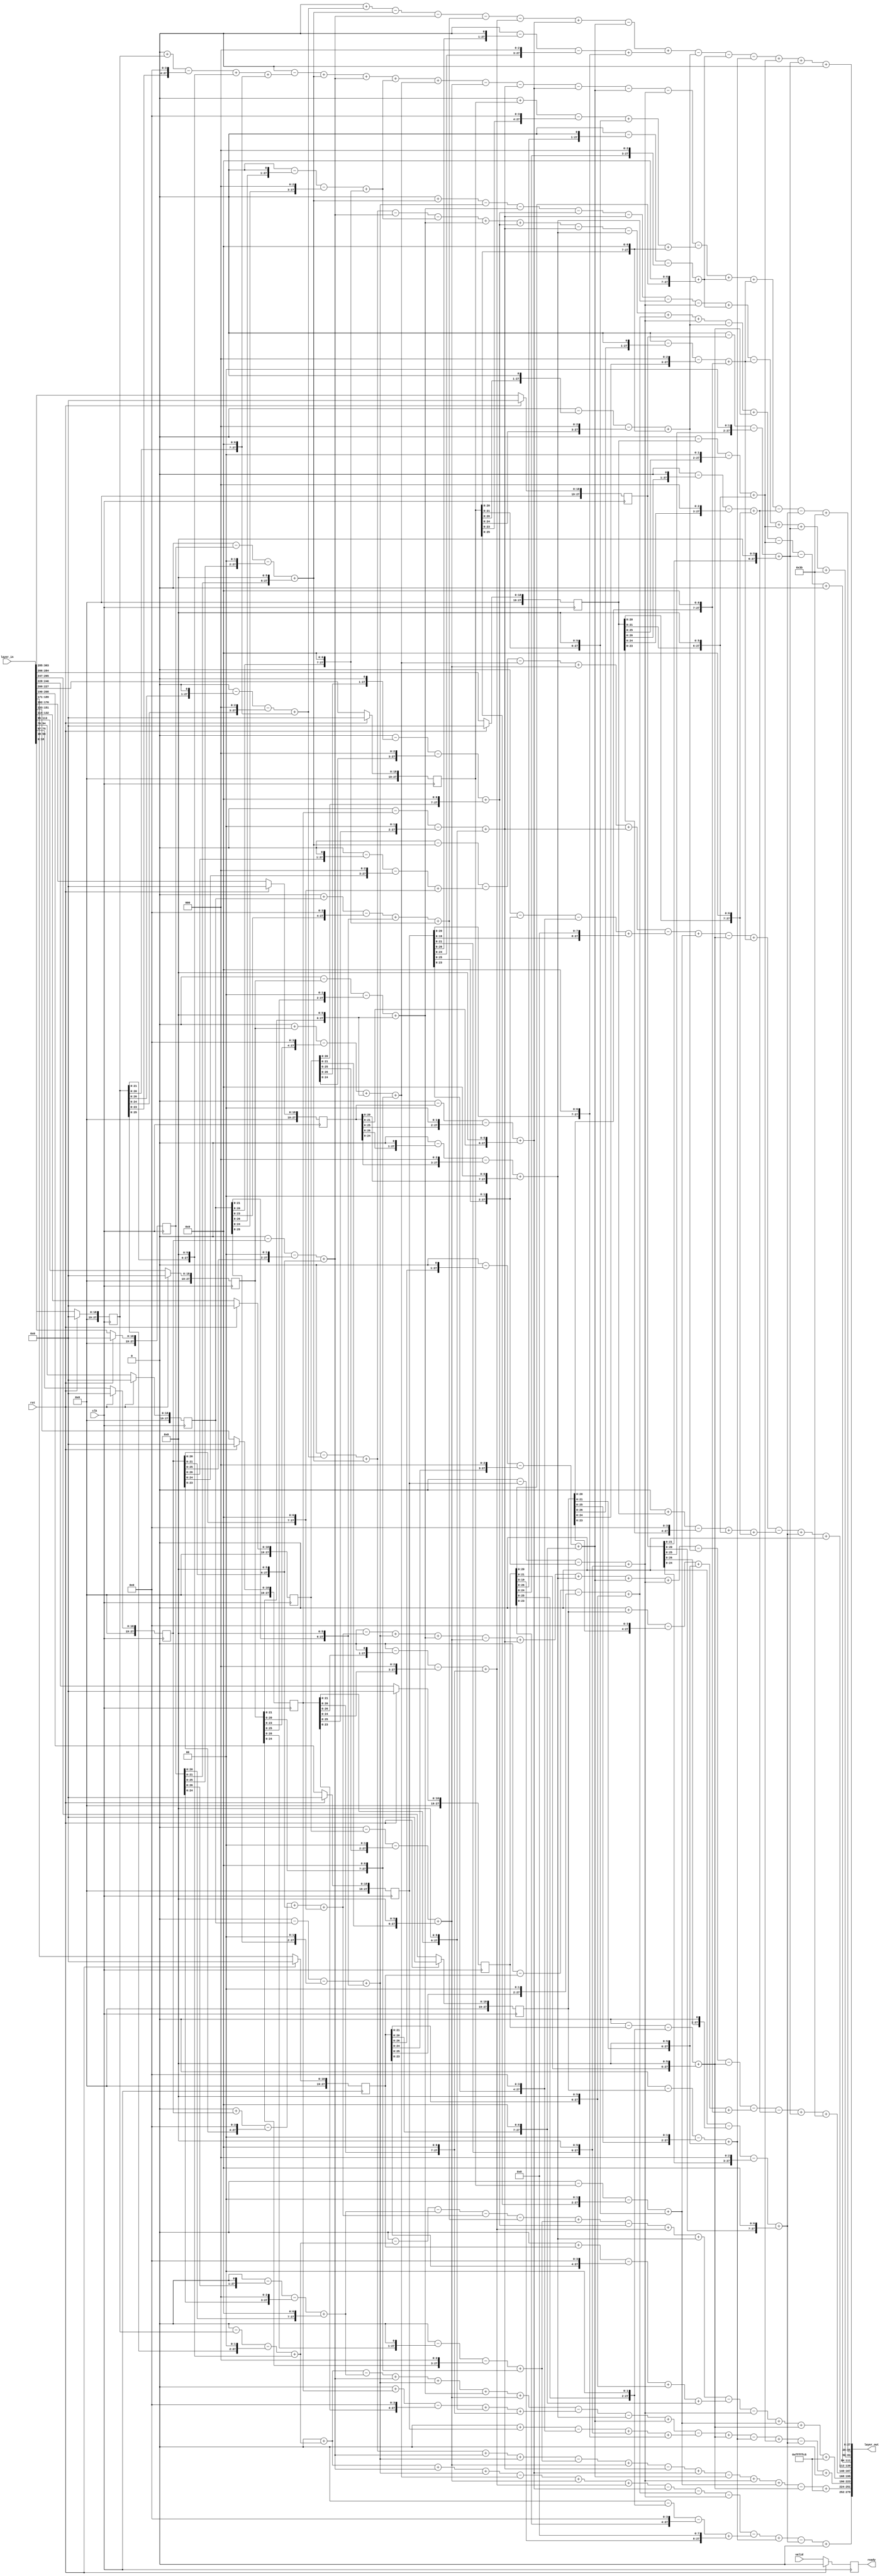
module layer2_tcb_121x16x10
(
    input clk,
    input rst,
   input valid,
   output  reg ready,
    input [19*16-1:0]  layer_in,
    output [28*10-1:0]   layer_out
);
parameter DATA_WIDTH   =   28;
reg [DATA_WIDTH-1:0]    layer_in_buffer    [0:16-1];
integer i;
always@(posedge clk )
    begin
        if(rst)
            begin
                for(i=0;i<16;i=i+1)
                    begin
                        layer_in_buffer[i]<=0;
                    end
            end
        else
        begin
       layer_in_buffer[0]<=layer_in[18:0];
       layer_in_buffer[1]<=layer_in[37:19];
       layer_in_buffer[2]<=layer_in[56:38];
       layer_in_buffer[3]<=layer_in[75:57];
       layer_in_buffer[4]<=layer_in[94:76];
       layer_in_buffer[5]<=layer_in[113:95];
       layer_in_buffer[6]<=layer_in[132:114];
       layer_in_buffer[7]<=layer_in[151:133];
       layer_in_buffer[8]<=layer_in[170:152];
       layer_in_buffer[9]<=layer_in[189:171];
       layer_in_buffer[10]<=layer_in[208:190];
       layer_in_buffer[11]<=layer_in[227:209];
       layer_in_buffer[12]<=layer_in[246:228];
       layer_in_buffer[13]<=layer_in[265:247];
       layer_in_buffer[14]<=layer_in[284:266];
       layer_in_buffer[15]<=layer_in[303:285];
        end
   end

wire [DATA_WIDTH-1:0]   in_buffer_weight0;
assign in_buffer_weight0=0+(0-(layer_in_buffer[0]<<1)-(layer_in_buffer[0]<<3)+(layer_in_buffer[0]<<7))-(0-(layer_in_buffer[2]<<0)-(layer_in_buffer[2]<<2)+(layer_in_buffer[2]<<6))-(0-(layer_in_buffer[3]<<0)-(layer_in_buffer[3]<<2)+(layer_in_buffer[3]<<6))-(0+(layer_in_buffer[4]<<0)-(layer_in_buffer[4]<<4)+(layer_in_buffer[4]<<6)+(layer_in_buffer[4]<<7))-(0-(layer_in_buffer[7]<<1)-(layer_in_buffer[7]<<3)+(layer_in_buffer[7]<<7))+(0-(layer_in_buffer[8]<<0)-(layer_in_buffer[8]<<2)+(layer_in_buffer[8]<<6))-(0-(layer_in_buffer[9]<<1)-(layer_in_buffer[9]<<3)+(layer_in_buffer[9]<<7))+(0-(layer_in_buffer[10]<<1)-(layer_in_buffer[10]<<3)+(layer_in_buffer[10]<<7))-(0-(layer_in_buffer[11]<<1)-(layer_in_buffer[11]<<3)+(layer_in_buffer[11]<<7))-(0-(layer_in_buffer[12]<<1)-(layer_in_buffer[12]<<3)+(layer_in_buffer[12]<<7))-(0-(layer_in_buffer[13]<<0)-(layer_in_buffer[13]<<2)+(layer_in_buffer[13]<<6))+(0-(layer_in_buffer[14]<<0)-(layer_in_buffer[14]<<2)+(layer_in_buffer[14]<<6))+(0-(layer_in_buffer[15]<<0)-(layer_in_buffer[15]<<2)+(layer_in_buffer[15]<<6));
wire [DATA_WIDTH-1:0]   in_buffer_weight1;
assign in_buffer_weight1=0-(0+(layer_in_buffer[0]<<0)-(layer_in_buffer[0]<<4)+(layer_in_buffer[0]<<6)+(layer_in_buffer[0]<<7))+(0-(layer_in_buffer[2]<<0)-(layer_in_buffer[2]<<2)+(layer_in_buffer[2]<<6))+(0-(layer_in_buffer[3]<<0)-(layer_in_buffer[3]<<2)+(layer_in_buffer[3]<<6))+(0-(layer_in_buffer[4]<<1)-(layer_in_buffer[4]<<3)+(layer_in_buffer[4]<<7))+(0+(layer_in_buffer[5]<<0)-(layer_in_buffer[5]<<4)+(layer_in_buffer[5]<<6)+(layer_in_buffer[5]<<7))-(0-(layer_in_buffer[6]<<0)-(layer_in_buffer[6]<<2)+(layer_in_buffer[6]<<6))-(0-(layer_in_buffer[7]<<0)-(layer_in_buffer[7]<<2)+(layer_in_buffer[7]<<6))-(0-(layer_in_buffer[8]<<0)-(layer_in_buffer[8]<<2)+(layer_in_buffer[8]<<6))-(0-(layer_in_buffer[9]<<1)-(layer_in_buffer[9]<<3)+(layer_in_buffer[9]<<7))-(0-(layer_in_buffer[10]<<0)-(layer_in_buffer[10]<<2)+(layer_in_buffer[10]<<6))-(0+(layer_in_buffer[11]<<0)-(layer_in_buffer[11]<<4)+(layer_in_buffer[11]<<6)+(layer_in_buffer[11]<<7))+(0-(layer_in_buffer[12]<<1)-(layer_in_buffer[12]<<3)+(layer_in_buffer[12]<<7))+(0-(layer_in_buffer[13]<<1)-(layer_in_buffer[13]<<3)+(layer_in_buffer[13]<<7))-(0-(layer_in_buffer[14]<<1)-(layer_in_buffer[14]<<3)+(layer_in_buffer[14]<<7))-(0-(layer_in_buffer[15]<<1)-(layer_in_buffer[15]<<3)+(layer_in_buffer[15]<<7));
wire [DATA_WIDTH-1:0]   in_buffer_weight2;
assign in_buffer_weight2=0+(0-(layer_in_buffer[2]<<0)-(layer_in_buffer[2]<<2)+(layer_in_buffer[2]<<6))-(0-(layer_in_buffer[4]<<0)-(layer_in_buffer[4]<<2)+(layer_in_buffer[4]<<6))-(0-(layer_in_buffer[5]<<0)-(layer_in_buffer[5]<<2)+(layer_in_buffer[5]<<6))-(0-(layer_in_buffer[6]<<1)-(layer_in_buffer[6]<<3)+(layer_in_buffer[6]<<7))-(0-(layer_in_buffer[7]<<0)-(layer_in_buffer[7]<<2)+(layer_in_buffer[7]<<6))-(0-(layer_in_buffer[8]<<1)-(layer_in_buffer[8]<<3)+(layer_in_buffer[8]<<7))-(0-(layer_in_buffer[10]<<0)-(layer_in_buffer[10]<<2)+(layer_in_buffer[10]<<6))+(0-(layer_in_buffer[12]<<1)-(layer_in_buffer[12]<<3)+(layer_in_buffer[12]<<7))-(0-(layer_in_buffer[13]<<1)-(layer_in_buffer[13]<<3)+(layer_in_buffer[13]<<7))+(0-(layer_in_buffer[14]<<0)-(layer_in_buffer[14]<<2)+(layer_in_buffer[14]<<6))+(0-(layer_in_buffer[15]<<0)-(layer_in_buffer[15]<<2)+(layer_in_buffer[15]<<6));
wire [DATA_WIDTH-1:0]   in_buffer_weight3;
assign in_buffer_weight3=0-(0-(layer_in_buffer[0]<<1)-(layer_in_buffer[0]<<3)+(layer_in_buffer[0]<<7))+(0-(layer_in_buffer[2]<<0)-(layer_in_buffer[2]<<2)+(layer_in_buffer[2]<<6))-(0-(layer_in_buffer[3]<<0)-(layer_in_buffer[3]<<2)+(layer_in_buffer[3]<<6))-(0-(layer_in_buffer[4]<<1)-(layer_in_buffer[4]<<3)+(layer_in_buffer[4]<<7))+(0-(layer_in_buffer[5]<<0)-(layer_in_buffer[5]<<2)+(layer_in_buffer[5]<<6))+(0-(layer_in_buffer[6]<<1)-(layer_in_buffer[6]<<3)+(layer_in_buffer[6]<<7))-(0-(layer_in_buffer[7]<<0)-(layer_in_buffer[7]<<2)+(layer_in_buffer[7]<<6))-(0-(layer_in_buffer[8]<<1)-(layer_in_buffer[8]<<3)+(layer_in_buffer[8]<<7))+(0-(layer_in_buffer[9]<<0)-(layer_in_buffer[9]<<2)+(layer_in_buffer[9]<<6))+(0-(layer_in_buffer[10]<<0)-(layer_in_buffer[10]<<2)+(layer_in_buffer[10]<<6))-(0-(layer_in_buffer[11]<<1)-(layer_in_buffer[11]<<3)+(layer_in_buffer[11]<<7))+(0-(layer_in_buffer[12]<<0)-(layer_in_buffer[12]<<2)+(layer_in_buffer[12]<<6))-(0-(layer_in_buffer[14]<<0)-(layer_in_buffer[14]<<2)+(layer_in_buffer[14]<<6))-(0-(layer_in_buffer[15]<<0)-(layer_in_buffer[15]<<2)+(layer_in_buffer[15]<<6));
wire [DATA_WIDTH-1:0]   in_buffer_weight4;
assign in_buffer_weight4=0-(0-(layer_in_buffer[2]<<0)-(layer_in_buffer[2]<<2)+(layer_in_buffer[2]<<6))-(0-(layer_in_buffer[3]<<1)-(layer_in_buffer[3]<<3)+(layer_in_buffer[3]<<7))-(0+(layer_in_buffer[5]<<0)-(layer_in_buffer[5]<<4)+(layer_in_buffer[5]<<6)+(layer_in_buffer[5]<<7))+(0-(layer_in_buffer[6]<<0)-(layer_in_buffer[6]<<2)+(layer_in_buffer[6]<<6))+(0-(layer_in_buffer[7]<<0)-(layer_in_buffer[7]<<2)+(layer_in_buffer[7]<<6))-(0-(layer_in_buffer[10]<<2)-(layer_in_buffer[10]<<4)+(layer_in_buffer[10]<<8))+(0-(layer_in_buffer[11]<<0)-(layer_in_buffer[11]<<2)+(layer_in_buffer[11]<<6))-(0-(layer_in_buffer[12]<<0)-(layer_in_buffer[12]<<2)+(layer_in_buffer[12]<<6))+(0-(layer_in_buffer[13]<<1)-(layer_in_buffer[13]<<3)+(layer_in_buffer[13]<<7))-(0+(layer_in_buffer[14]<<0)-(layer_in_buffer[14]<<4)+(layer_in_buffer[14]<<6)+(layer_in_buffer[14]<<7))+(0-(layer_in_buffer[15]<<1)-(layer_in_buffer[15]<<3)+(layer_in_buffer[15]<<7));
wire [DATA_WIDTH-1:0]   in_buffer_weight5;
assign in_buffer_weight5=0-(0+(layer_in_buffer[3]<<0)-(layer_in_buffer[3]<<4)+(layer_in_buffer[3]<<6)+(layer_in_buffer[3]<<7))+(0-(layer_in_buffer[4]<<0)-(layer_in_buffer[4]<<2)+(layer_in_buffer[4]<<6))+(0-(layer_in_buffer[5]<<0)-(layer_in_buffer[5]<<2)+(layer_in_buffer[5]<<6))-(0-(layer_in_buffer[6]<<0)-(layer_in_buffer[6]<<2)+(layer_in_buffer[6]<<6))+(0-(layer_in_buffer[7]<<0)-(layer_in_buffer[7]<<2)+(layer_in_buffer[7]<<6))+(0-(layer_in_buffer[8]<<1)-(layer_in_buffer[8]<<3)+(layer_in_buffer[8]<<7))+(0-(layer_in_buffer[9]<<1)-(layer_in_buffer[9]<<3)+(layer_in_buffer[9]<<7))+(0-(layer_in_buffer[10]<<0)-(layer_in_buffer[10]<<2)+(layer_in_buffer[10]<<6))-(0-(layer_in_buffer[11]<<1)-(layer_in_buffer[11]<<3)+(layer_in_buffer[11]<<7))-(0-(layer_in_buffer[12]<<0)-(layer_in_buffer[12]<<2)+(layer_in_buffer[12]<<6))-(0+(layer_in_buffer[13]<<0)-(layer_in_buffer[13]<<4)+(layer_in_buffer[13]<<6)+(layer_in_buffer[13]<<7))-(0-(layer_in_buffer[14]<<1)-(layer_in_buffer[14]<<3)+(layer_in_buffer[14]<<7))+(0-(layer_in_buffer[15]<<0)-(layer_in_buffer[15]<<2)+(layer_in_buffer[15]<<6));
wire [DATA_WIDTH-1:0]   in_buffer_weight6;
assign in_buffer_weight6=0-(0-(layer_in_buffer[0]<<0)-(layer_in_buffer[0]<<2)+(layer_in_buffer[0]<<6))-(0-(layer_in_buffer[2]<<1)-(layer_in_buffer[2]<<3)+(layer_in_buffer[2]<<7))-(0+(layer_in_buffer[3]<<0)-(layer_in_buffer[3]<<4)+(layer_in_buffer[3]<<6)+(layer_in_buffer[3]<<7))-(0+(layer_in_buffer[4]<<0)-(layer_in_buffer[4]<<4)+(layer_in_buffer[4]<<6)+(layer_in_buffer[4]<<7))+(0-(layer_in_buffer[5]<<1)-(layer_in_buffer[5]<<3)+(layer_in_buffer[5]<<7))-(0-(layer_in_buffer[6]<<1)-(layer_in_buffer[6]<<3)+(layer_in_buffer[6]<<7))+(0-(layer_in_buffer[7]<<1)-(layer_in_buffer[7]<<3)+(layer_in_buffer[7]<<7))+(0-(layer_in_buffer[8]<<1)-(layer_in_buffer[8]<<3)+(layer_in_buffer[8]<<7))-(0+(layer_in_buffer[9]<<0)-(layer_in_buffer[9]<<4)+(layer_in_buffer[9]<<6)+(layer_in_buffer[9]<<7))-(0-(layer_in_buffer[10]<<0)-(layer_in_buffer[10]<<2)+(layer_in_buffer[10]<<6))+(0-(layer_in_buffer[11]<<0)-(layer_in_buffer[11]<<2)+(layer_in_buffer[11]<<6))+(0-(layer_in_buffer[12]<<0)-(layer_in_buffer[12]<<2)+(layer_in_buffer[12]<<6));
wire [DATA_WIDTH-1:0]   in_buffer_weight7;
assign in_buffer_weight7=0+(0-(layer_in_buffer[0]<<0)-(layer_in_buffer[0]<<2)+(layer_in_buffer[0]<<6))-(0-(layer_in_buffer[2]<<1)-(layer_in_buffer[2]<<3)+(layer_in_buffer[2]<<7))+(0-(layer_in_buffer[3]<<0)-(layer_in_buffer[3]<<2)+(layer_in_buffer[3]<<6))+(0-(layer_in_buffer[4]<<0)-(layer_in_buffer[4]<<2)+(layer_in_buffer[4]<<6))+(0-(layer_in_buffer[5]<<0)-(layer_in_buffer[5]<<2)+(layer_in_buffer[5]<<6))+(0-(layer_in_buffer[6]<<0)-(layer_in_buffer[6]<<2)+(layer_in_buffer[6]<<6))-(0+(layer_in_buffer[7]<<0)-(layer_in_buffer[7]<<4)+(layer_in_buffer[7]<<6)+(layer_in_buffer[7]<<7))-(0-(layer_in_buffer[8]<<1)-(layer_in_buffer[8]<<3)+(layer_in_buffer[8]<<7))+(0-(layer_in_buffer[9]<<1)-(layer_in_buffer[9]<<3)+(layer_in_buffer[9]<<7))-(0+(layer_in_buffer[10]<<0)-(layer_in_buffer[10]<<4)+(layer_in_buffer[10]<<6)+(layer_in_buffer[10]<<7))+(0-(layer_in_buffer[12]<<0)-(layer_in_buffer[12]<<2)+(layer_in_buffer[12]<<6))-(0-(layer_in_buffer[13]<<0)-(layer_in_buffer[13]<<2)+(layer_in_buffer[13]<<6))+(0-(layer_in_buffer[14]<<0)-(layer_in_buffer[14]<<2)+(layer_in_buffer[14]<<6))-(0-(layer_in_buffer[15]<<1)-(layer_in_buffer[15]<<3)+(layer_in_buffer[15]<<7));
wire [DATA_WIDTH-1:0]   in_buffer_weight8;
assign in_buffer_weight8=0-(0-(layer_in_buffer[0]<<1)-(layer_in_buffer[0]<<3)+(layer_in_buffer[0]<<7))+(0-(layer_in_buffer[2]<<0)-(layer_in_buffer[2]<<2)+(layer_in_buffer[2]<<6))+(0-(layer_in_buffer[3]<<0)-(layer_in_buffer[3]<<2)+(layer_in_buffer[3]<<6))+(0-(layer_in_buffer[4]<<0)-(layer_in_buffer[4]<<2)+(layer_in_buffer[4]<<6))-(0-(layer_in_buffer[5]<<1)-(layer_in_buffer[5]<<3)+(layer_in_buffer[5]<<7))+(0-(layer_in_buffer[6]<<0)-(layer_in_buffer[6]<<2)+(layer_in_buffer[6]<<6))-(0-(layer_in_buffer[7]<<0)-(layer_in_buffer[7]<<2)+(layer_in_buffer[7]<<6))+(0-(layer_in_buffer[8]<<0)-(layer_in_buffer[8]<<2)+(layer_in_buffer[8]<<6))-(0-(layer_in_buffer[9]<<1)-(layer_in_buffer[9]<<3)+(layer_in_buffer[9]<<7))+(0-(layer_in_buffer[10]<<0)-(layer_in_buffer[10]<<2)+(layer_in_buffer[10]<<6))+(0-(layer_in_buffer[11]<<0)-(layer_in_buffer[11]<<2)+(layer_in_buffer[11]<<6))-(0-(layer_in_buffer[12]<<0)-(layer_in_buffer[12]<<2)+(layer_in_buffer[12]<<6));
wire [DATA_WIDTH-1:0]   in_buffer_weight9;
assign in_buffer_weight9=0+(0-(layer_in_buffer[0]<<0)-(layer_in_buffer[0]<<2)+(layer_in_buffer[0]<<6))+(0-(layer_in_buffer[3]<<0)-(layer_in_buffer[3]<<2)+(layer_in_buffer[3]<<6))+(0-(layer_in_buffer[4]<<0)-(layer_in_buffer[4]<<2)+(layer_in_buffer[4]<<6))-(0+(layer_in_buffer[5]<<0)-(layer_in_buffer[5]<<4)+(layer_in_buffer[5]<<6)+(layer_in_buffer[5]<<7))+(0-(layer_in_buffer[6]<<0)-(layer_in_buffer[6]<<2)+(layer_in_buffer[6]<<6))+(0-(layer_in_buffer[7]<<1)-(layer_in_buffer[7]<<3)+(layer_in_buffer[7]<<7))-(0-(layer_in_buffer[8]<<0)-(layer_in_buffer[8]<<2)+(layer_in_buffer[8]<<6))-(0-(layer_in_buffer[9]<<0)-(layer_in_buffer[9]<<2)+(layer_in_buffer[9]<<6))-(0-(layer_in_buffer[10]<<0)-(layer_in_buffer[10]<<2)+(layer_in_buffer[10]<<6))-(0-(layer_in_buffer[12]<<2)-(layer_in_buffer[12]<<4)+(layer_in_buffer[12]<<8))+(0-(layer_in_buffer[13]<<0)-(layer_in_buffer[13]<<2)+(layer_in_buffer[13]<<6))-(0-(layer_in_buffer[15]<<1)-(layer_in_buffer[15]<<3)+(layer_in_buffer[15]<<7));
wire [DATA_WIDTH-1:0]   weight_bias0;
assign weight_bias0=in_buffer_weight0+(0);
wire [DATA_WIDTH-1:0]   weight_bias1;
assign weight_bias1=in_buffer_weight1+(59);
wire [DATA_WIDTH-1:0]   weight_bias2;
assign weight_bias2=in_buffer_weight2+(59);
wire [DATA_WIDTH-1:0]   weight_bias3;
assign weight_bias3=in_buffer_weight3+(0);
wire [DATA_WIDTH-1:0]   weight_bias4;
assign weight_bias4=in_buffer_weight4+(0);
wire [DATA_WIDTH-1:0]   weight_bias5;
assign weight_bias5=in_buffer_weight5+(59);
wire [DATA_WIDTH-1:0]   weight_bias6;
assign weight_bias6=in_buffer_weight6+(-59);
wire [DATA_WIDTH-1:0]   weight_bias7;
assign weight_bias7=in_buffer_weight7+(0);
wire [DATA_WIDTH-1:0]   weight_bias8;
assign weight_bias8=in_buffer_weight8+(-59);
wire [DATA_WIDTH-1:0]   weight_bias9;
assign weight_bias9=in_buffer_weight9+(0);
assign layer_out={
            weight_bias9,
            weight_bias8,
            weight_bias7,
            weight_bias6,
            weight_bias5,
            weight_bias4,
            weight_bias3,
            weight_bias2,
            weight_bias1,
            weight_bias0};
always@(posedge clk)
    begin
        if(rst)
            begin
                ready<=1'b0;
            end
        else
            begin
                ready<=valid;
            end
    end
endmodule